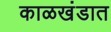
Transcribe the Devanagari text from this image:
काळखंडात